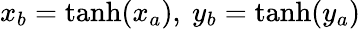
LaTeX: x_{b}=\operatorname{tanh}(x_{a}),\ y_{b}=\operatorname{tanh}(y_{a})